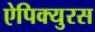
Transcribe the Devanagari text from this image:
ऐपिक्युरस